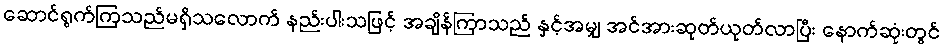
ဆောင်ရွက်ကြသည်မရှိသလောက် နည်းပါးသဖြင့် အချိန်ကြာသည် နှင့်အမျှ အင်အားဆုတ်ယုတ်လာပြီး နောက်ဆုံးတွင်